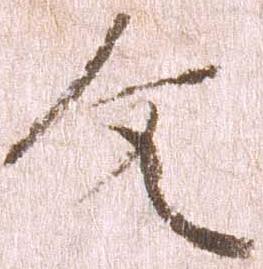
文